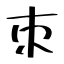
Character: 朿